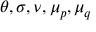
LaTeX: \theta , \sigma , \nu , \mu _ { p } , \mu _ { q }